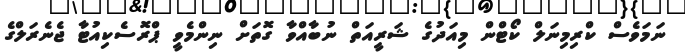
ނަމަވެސް ކްރިމިނަލް ކޯޓްން މިއަދުގެ ޝަރީއަތް ނުބާއްވާ ގޮތަށް ނިންމެވީ ޕްރޮސެކިއުޓާ ޖެނެރަލްގެ